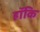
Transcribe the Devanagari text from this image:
हॉकि